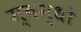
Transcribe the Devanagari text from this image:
म्बन्धों